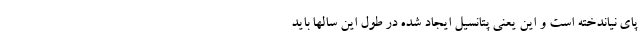
پای نیاندخته است و این یعنی پتانسیل ایجاد شده در طول این سالها باید